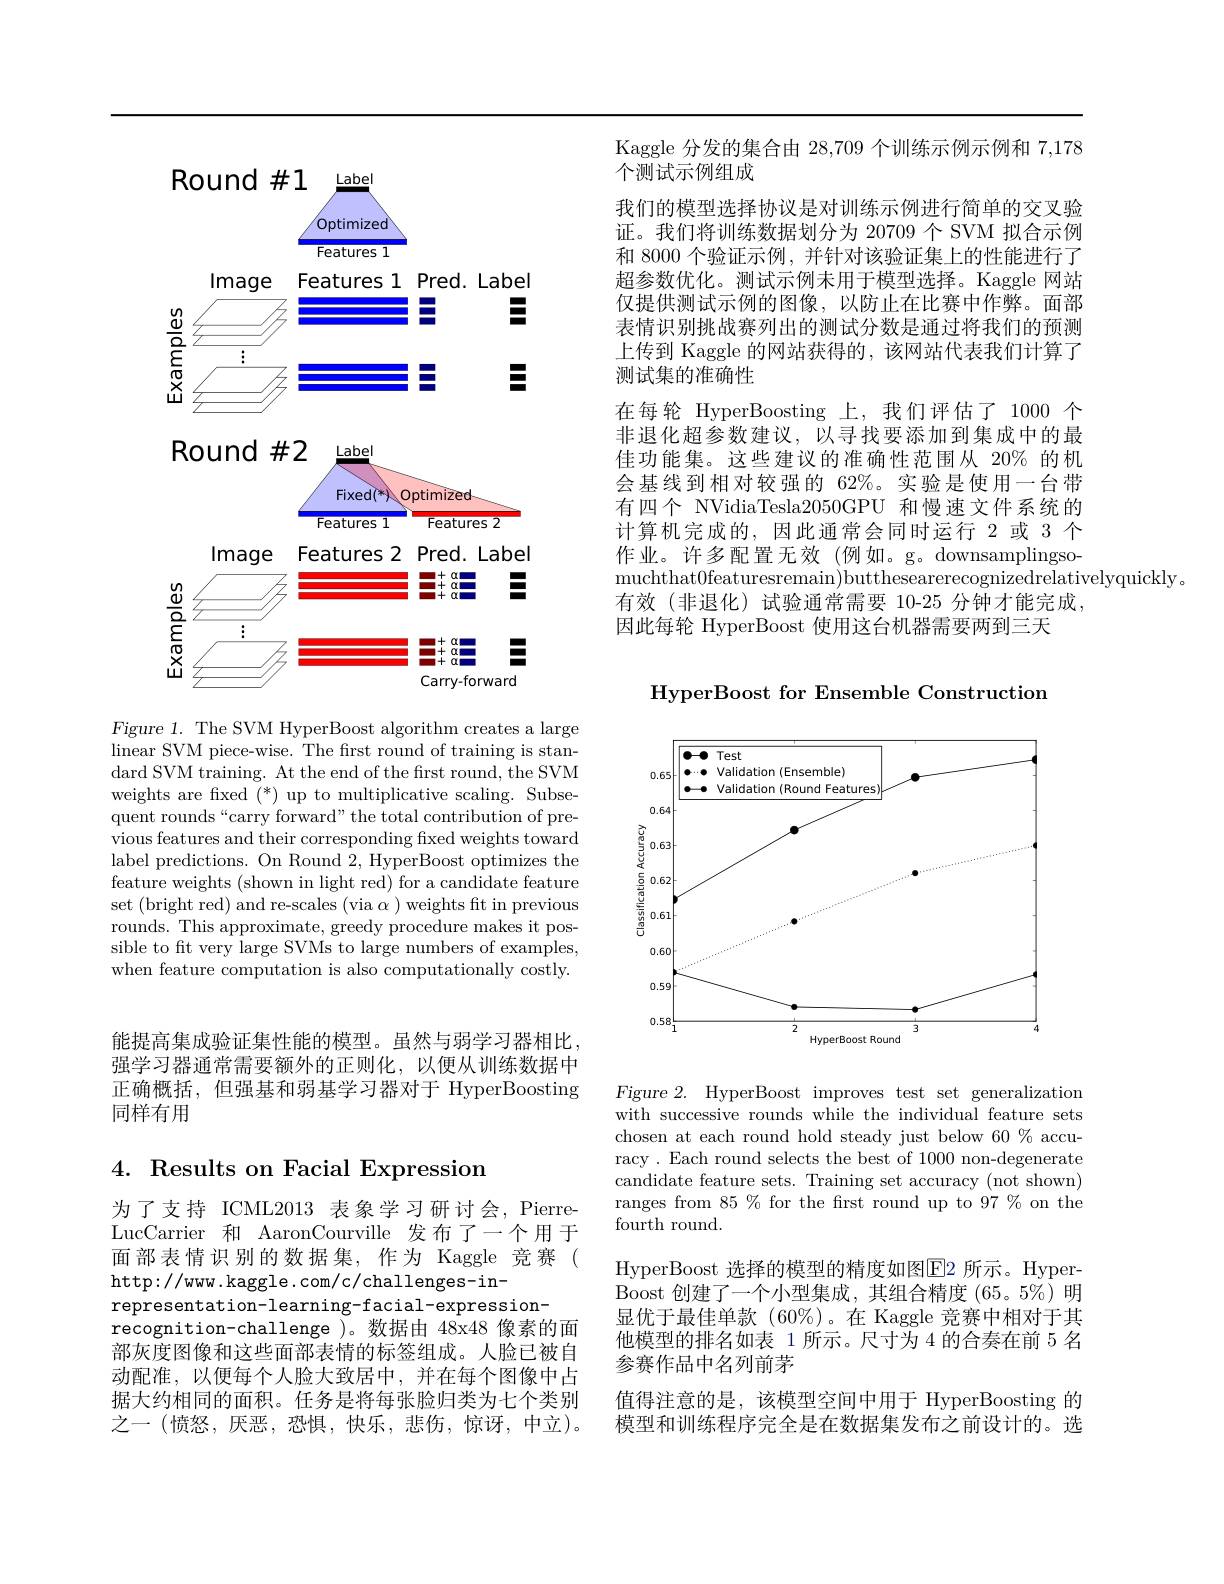
<FigureHere>
Figure 1. The SVM HyperBoost algorithm creates a large

linear SVM piece-wise. The first round of training is standard SVM training. At the end of the frst round, the SVM weights are fixed $(^*)$ up to multiplicative scaling. Subsequent rounds“carry forward" the total contribution of previous features and their corresponding fxed weights toward label predictions. On Round 2, HyperBoost optimizes the feature weights (shown in light red) for a candidate feature set (bright red) and re-scales (via $\alpha$ ) weights ft in previous rounds. This approximate, greedy procedure makes it possible to ft very large SVMs to large numbers of examples, when feature computation is also computationally costly.

能提高集成验证集性能的模型。虽然与弱学习器相比强学习器通常需要额外的正则化，以便从训练数据中正确概括，但强基和弱基学习器对于 HyperBoosting 同样有用

## 4. Results on Facial Expression

为了支持 ICML2013 表象学习研讨会，PierreLucCarrier 和 AaronCourville 发布了一个用于面部表情识别的数据集，作为 Kaggle 竞赛( http://www.kaggle.com/c/challenges-in-
representation-learning-facial-expression-
recognition-challenge )。数据由 48x48 像素的面部灰度图像和这些面部表情的标签组成。人脸已被自动配准，以便每个人脸大致居中，并在每个图像中占据大约相同的面积。任务是将每张脸归类为七个类别之一(愤怒，厌恶，恐惧，快乐，悲伤，惊讶，中立)。

Kaggle 分发的集合由 28,709 个训练示例示例和 7,178
个测试示例组成
我们的模型选择协议是对训练示例进行简单的交叉验证。我们将训练数据划分为 20709 个 SVM 拟合示例和 8000 个验证示例，并针对该验证集上的性能进行了超参数优化。测试示例未用于模型选择。Kaggle 网站仅提供测试示例的图像，以防止在比赛中作弊。面部表情识别挑战赛列出的测试分数是通过将我们的预测上传到 Kaggle 的网站获得的，该网站代表我们计算了测试集的准确性
在每轮 HyperBoosting 上，我们评估了 1000 个非退化超参数建议，以寻找要添加到集成中的最佳功能集。这些建议的准确性范围从 20% 的机会基线到相对较强的 62%。实验是使用一台带有四个 NVidiaTesla2050GPU 和慢速文件系统的计算机完成的，因此通常会同时运行 2 或 3 个作业。许多配置无效(例如。g。downsamplingsomuchthat0featuresremain)butthesearerecognizedrelativelyquickly.
有效(非退化)试验通常需要 10-25 分钟才能完成，
因此每轮 HyperBoost 使用这台机器需要两到三天

HyperBoost for Ensemble Construction

<FigureHere>

Figure 2. HyperBoost improves test set generalization with successive rounds while the individual feature sets chosen at each round hold steady just below 60 $\%$ accuracy. Each round selects the best of 1000 non-degenerate candidate feature sets. Training set accuracy (not shown) ranges from 85 % for the frst round up to 97 % on the ${\mathrm{fourth~round.}}$

HyperBoost 选择的模型的精度如图$\boxed{\mathrm{E}}$2 所示。HyperBoost 创建了一个小型集成，其组合精度(65。5%)明显优于最佳单款(60%)。在 Kaggle 竞赛中相对于其他模型的排名如表 1 所示。尺寸为 4 的合奏在前 5 名参赛作品中名列前茅
值得注意的是，该模型空间中用于 HyperBoosting 的模型和训练程序完全是在数据集发布之前设计的。选